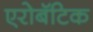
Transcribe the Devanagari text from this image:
एरोबॅटिक